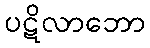
ပဋိလာဘော